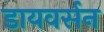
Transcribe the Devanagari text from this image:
डायवर्सन